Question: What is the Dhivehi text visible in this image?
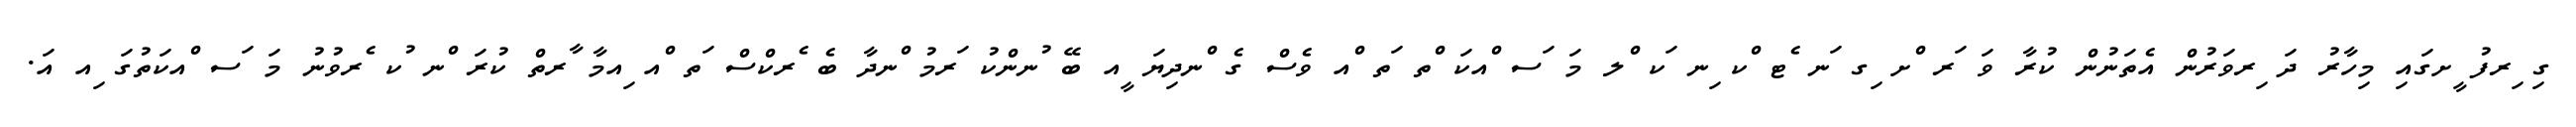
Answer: ގި ިރފު ީށގައި މިހާރު ދަ ިރވަރުން އެތަނުން ކުރާ ވަ ަރ ްށ ިގ ަނ ެޓ ްކ ިނ ަކ ްލ މަ ަސ ްއކަ ްތ ަތ ްއ ވެސް ގެ ްނދިޔަ ީއ ބޭ ުނންކު ަރމު ްނދާ ބެ ެރކްސް ަތ ްއ ިއމާ ާރތް ކުރަ ްނ ުކ ެރވުނު މަ ަސ ްއކަތުގަ ިއ އަ.